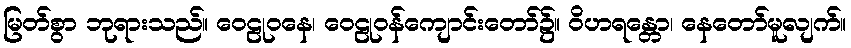
မြတ်စွာ ဘုရားသည်။ ဝေဠုဝနေ၊ ဝေဠုဝန်ကျောင်းတော်၌။ ဝိဟရန္တော၊ နေတော်မူလျက်။